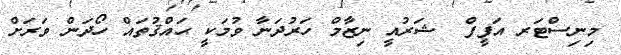
މިނިސްޓަރ އަފީފް  ޝަރުއީ ނިޒާމް ހަރުދަނާ ވުމަކީ ޙައްޤުތައް ހޯދަން ވަރަށް